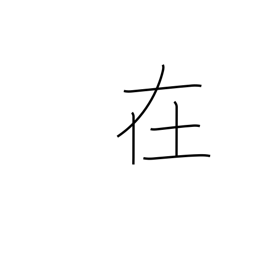
Meaning: suburbs